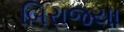
બિરાજયા